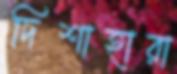
দিশাহারা